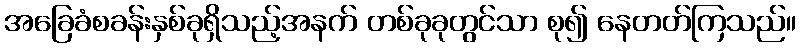
အခြေခံစခန်းနှစ်ခုရှိသည့်အနက် တစ်ခုခုတွင်သာ စု၍ နေတတ်ကြသည်။